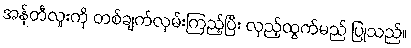
အန်တီလူးကို တစ်ချက်လှမ်းကြည့်ပြီး လှည့်ထွက်မည် ပြုသည်။